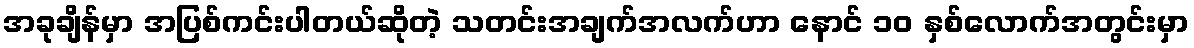
အခုချိန်မှာ အပြစ်ကင်းပါတယ်ဆိုတဲ့ သတင်းအချက်အလက်ဟာ နောင် ၁၀ နှစ်လောက်အတွင်းမှာ